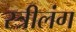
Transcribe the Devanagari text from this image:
स्त्रीलंग